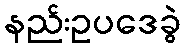
နည်းဥပဒေခွဲ